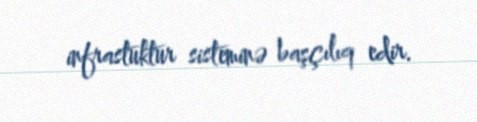
infrastuktur sisteminə başçılıq edir.